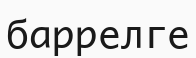
баррелге